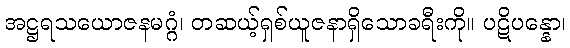
အဋ္ဌရသယောဇနမဂ္ဂံ၊ တဆယ့်ရှစ်ယူဇနာရှိသောခရီးကို။ ပဋိပန္နော၊